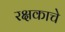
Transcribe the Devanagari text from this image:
रक्षकाचे